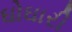
ઘોઘારી